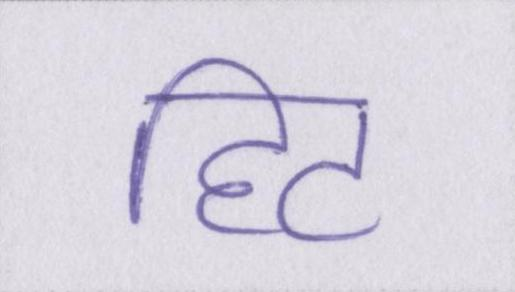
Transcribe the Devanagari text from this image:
हिट